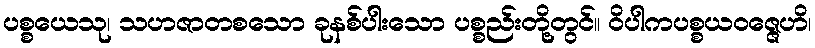
ပစ္စယေသု၊ သဟဇာတစသော ခုနစ်ပါးသော ပစ္စည်းတို့တွင်။ ဝိပါကပစ္စယဝဇ္ဇေဟိ၊